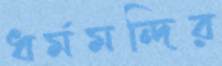
ধর্মমন্দির